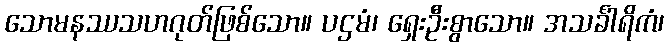
သောမနဿသဟဂုတ်ဖြစ်သော။ ပဌမံ၊ ရှေးဦးစွာသော။ အသင်္ခါရိကံ၊